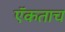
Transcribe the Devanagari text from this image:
ऍकताच